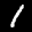
Label: 1